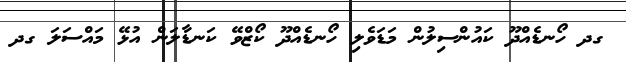
ގދ ހޯނޑެއްދޫ ކައުންސިލުން މަޑަވެލި ހޯނޑެއްދޫ ކޯޒްވޭ ކަނޑާލަން އުޅޭ މައްސަލަ ގދ